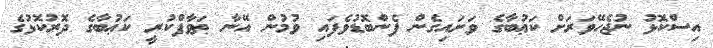
އިސްކޮޅު ނުޖެހޭވަރަށް ކަޢުބާގެ ވަށައިގެން ފެންބޮޑުވެފައި ވުމުން އޭނާ ޠަވާފްކުރީ ކަޢުބާގެ ދޮރުކޮޅުގެ